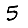
Digit: 5